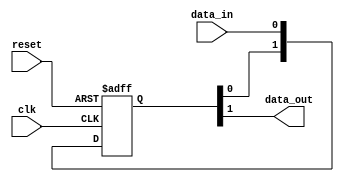
module siso_shift_register (
    input wire clk,
    input wire reset,
    input wire data_in,
    output reg data_out
);

reg [1:0] shift_register;

always @(posedge clk or posedge reset) begin
    if (reset) begin
        shift_register <= 2'b0;
    end else begin
        shift_register <= {shift_register[0], data_in};
    end
end

assign data_out = shift_register[1];

endmodule